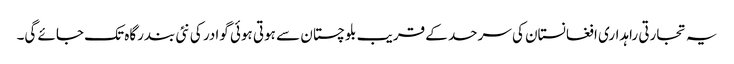
یہ تجارتی راہداری افغانستان کی سرحد کے قریب بلوچستان سے ہوتی ہوئی گوادر کی نئی بندرگاہ تک جائے گی۔